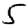
Digit: 5